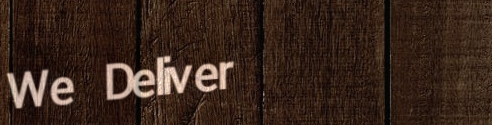
We Deliver